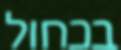
בכחול